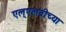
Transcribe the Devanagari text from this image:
एल्‌एलबीच्या